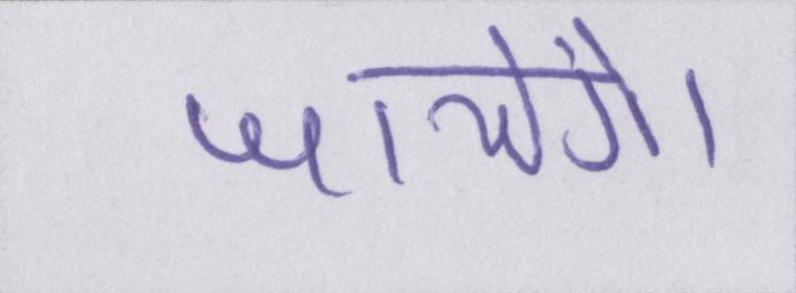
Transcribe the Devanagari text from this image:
जायेंगे।